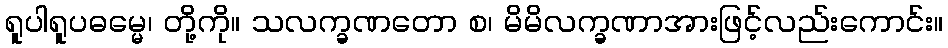
ရူပါရူပဓမ္မေ၊ တို့ကို။ သလက္ခဏတော စ၊ မိမိလက္ခဏာအားဖြင့်လည်းကောင်း။